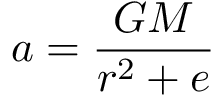
a = { \frac { G M } { r ^ { 2 } + e } }